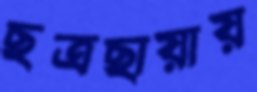
ছত্রছায়ায়